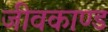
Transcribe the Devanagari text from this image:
जीवकाण्ड